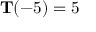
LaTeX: \mathbf { T } ( - 5 ) = 5